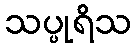
သပ္ပုရိသ